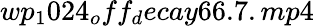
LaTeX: wp_{1}024_{o}ff_{d}ecay66.7.mp4